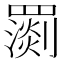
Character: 𦌧